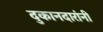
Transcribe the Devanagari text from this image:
दुकानदारांनी